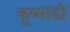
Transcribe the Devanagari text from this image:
कूष्मांडी